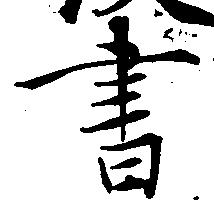
書